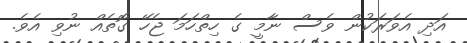
އަދި އެވަރަކުން ވެސް ނާމީ ގެ ހިތްހަމަ ޖެހޭ ގޮތެއް ނުވި އެވެ.